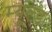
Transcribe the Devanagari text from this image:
म्यूल्ड